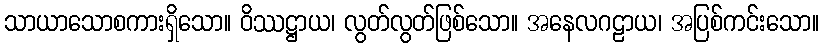
သာယာသောစကားရှိသော။ ဝိဿဋ္ဌာယ၊ လွတ်လွတ်ဖြစ်သော။ အနေလဂဠာယ၊ အပြစ်ကင်းသော။